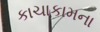
કાચાકામના